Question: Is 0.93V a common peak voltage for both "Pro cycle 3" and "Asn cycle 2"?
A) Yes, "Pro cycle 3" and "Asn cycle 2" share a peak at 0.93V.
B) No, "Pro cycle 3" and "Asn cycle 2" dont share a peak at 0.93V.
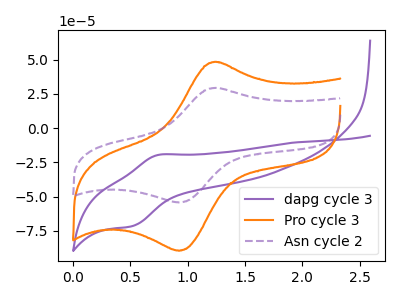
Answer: <think>The purple curve "dapg cycle 3" has an anodic peak at (0.75V, -19.55uA) and a cathodic peak at (0.50V, -71.60uA). The orange curve "Pro cycle 3" has an anodic peak at (1.25V, 48.20uA) and a cathodic peak at (0.95V, -89.60uA). The purple dashed curve "Asn cycle 2" has an anodic peak at (1.25V, 29.25uA) and a cathodic peak at (0.95V, -54.35uA).</think>
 <answer>A) Yes, "Pro cycle 3" and "Asn cycle 2" share a peak at 0.93V.</answer>
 <eval>A</eval>